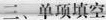
三、单项填空